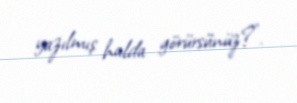
yazılmış halda görürsünüz?".